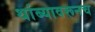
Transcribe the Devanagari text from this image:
थांब्यावरूनच